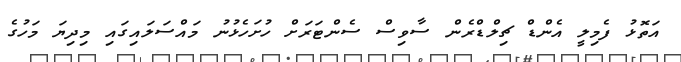
އަތޮޅު ފެމިލީ އެންޑް ޗިލްޑްރެން ސާވިސް ސެންޓަރަށް ހުށަހެޅުނު މައްސަލައިގައި މިދިޔަ މަހުގެ